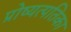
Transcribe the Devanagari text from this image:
प्रोष्यत्पतिका